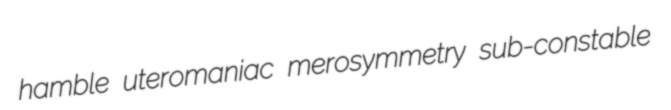
hamble uteromaniac merosymmetry sub-constable